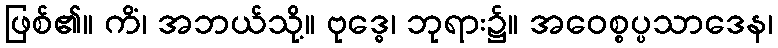
ဖြစ်၏။ ကိံ၊ အဘယ်သို့။ ဗုဒ္ဓေ၊ ဘုရား၌။ အဝေစ္စပ္ပသာဒေန၊